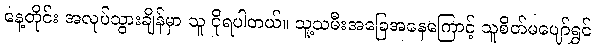
နေ့တိုင်း အလုပ်သွားချိန်မှာ သူ ငိုရပါတယ်။ သူ့သမီးအခြေအနေကြောင့် သူစိတ်မပျော်ရွှင်